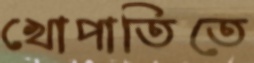
খোপাতিতে